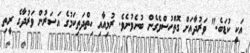
އަކީ ކުޑަބެ." ވަރުދާއަށް ގޮތްހުސްވެގެން ބުނެވުނެވެ. ރުޅިއާއި ހިތްދަތިކަމުގެ އަސަރުން ވަރުދާގެ ރީތި